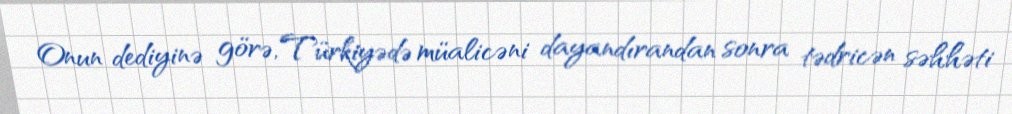
Onun dediyinə görə, Türkiyədə müalicəni dayandırandan sonra tədricən səhhəti